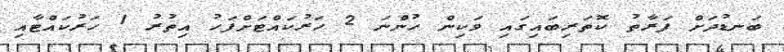
ބަނޑުދަށް ފަރާތު ކޮތަރިބައިގައި ވަކިން ހުންނަ 2 ހަރުކައްޓަށްފަހު އިތުރު 1 ހަރުކައްޓާއި